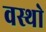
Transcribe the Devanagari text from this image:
वस्थाे